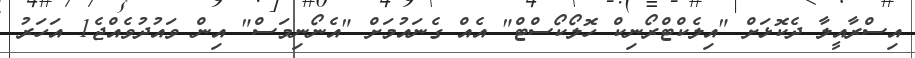
އިސްރާއީލާ ދެކޮޅަށް "އިލެކްޓްރޯނިކް ހޮލޯކޯސްޓް" އެއް ގެނައުމަށް "އެނޯނިމަސް" އިން ވައުދުވެއްޖެ1 އަހަރު